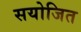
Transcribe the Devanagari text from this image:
सयोजित